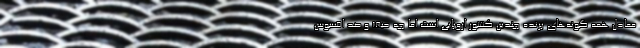
معادل همه گونه‌های پرنده چندین کشور اروپایی است اما چه حیف و صد افسوس